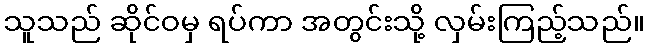
သူသည် ဆိုင်ဝမှ ရပ်ကာ အတွင်းသို့ လှမ်းကြည့်သည်။